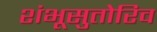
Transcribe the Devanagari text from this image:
शंभूसुतोरिव